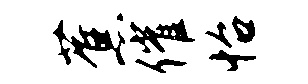
蕉催怡